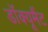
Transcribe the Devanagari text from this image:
डॉक्यूमैंट